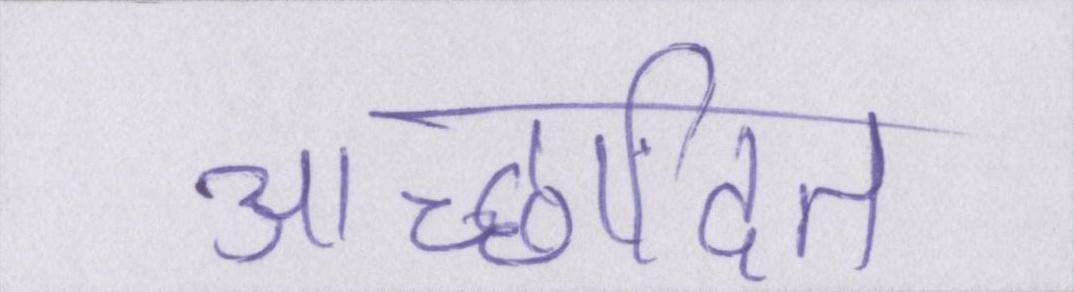
आच्छादित